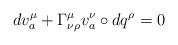
\begin{align*}dv^{\mu}_{a}+\Gamma^{\mu}_{\nu\rho}v^{\nu}_{a}\circ dq^{\rho}=0\end{align*}